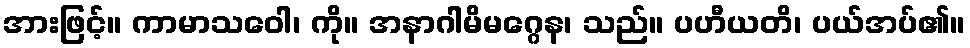
အားဖြင့်။ ကာမာသဝေါ၊ ကို။ အနာဂါမိမဂ္ဂေန၊ သည်။ ပဟီယတိ၊ ပယ်အပ်၏။